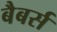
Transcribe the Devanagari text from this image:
बैबर्स